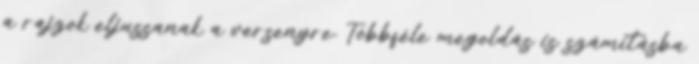
a rajzok eljussanak a versenyre. Többféle megoldás is számításba